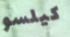
كيلسو